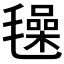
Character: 𣰕